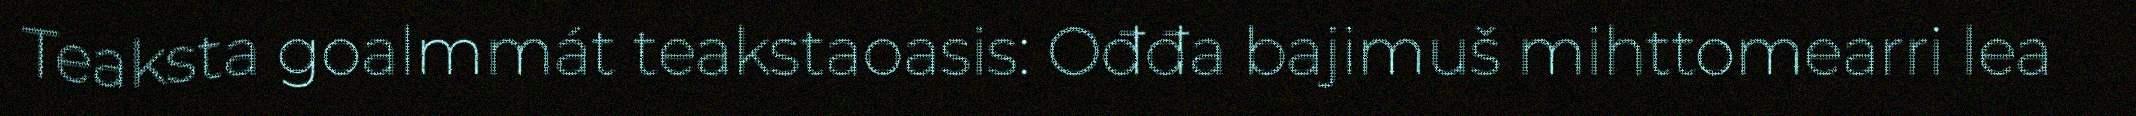
Teaksta goalmmát teakstaoasis: Ođđa bajimuš mihttomearri lea